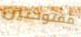
مفتوحتين